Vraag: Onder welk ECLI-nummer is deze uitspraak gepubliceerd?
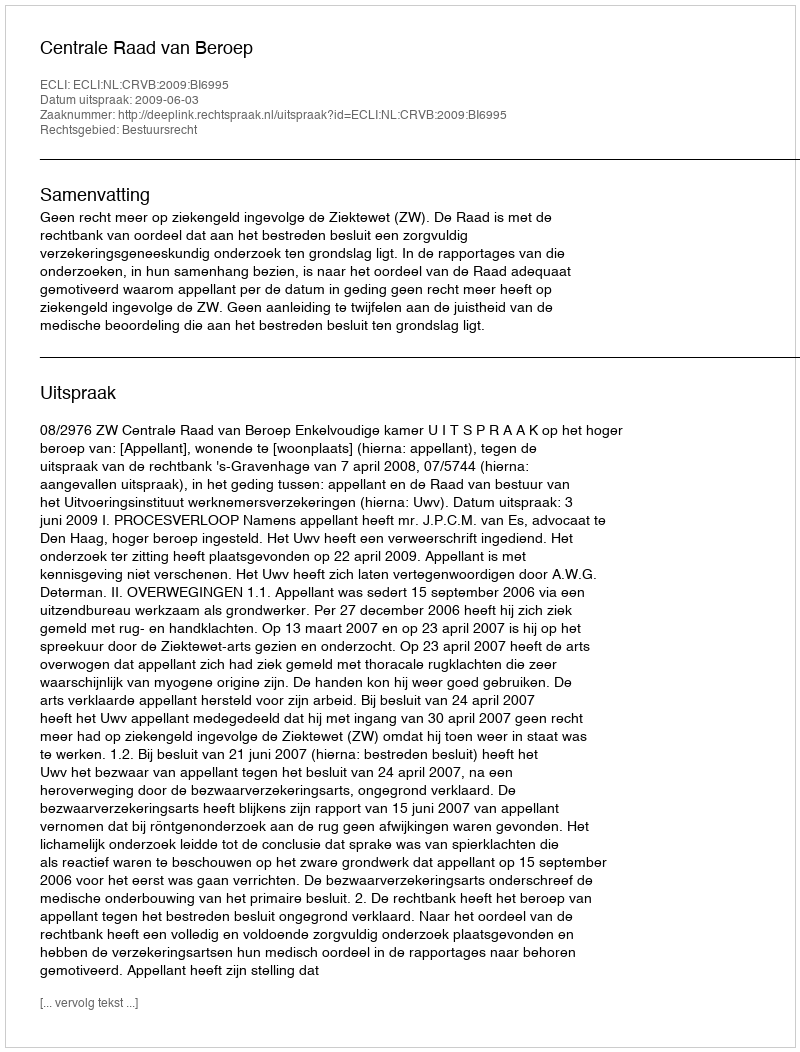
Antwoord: ECLI:NL:CRVB:2009:BI6995